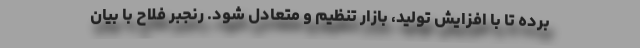
برده تا با افزایش تولید، بازار تنظیم و متعادل شود. رنجبر فلاح با بیان